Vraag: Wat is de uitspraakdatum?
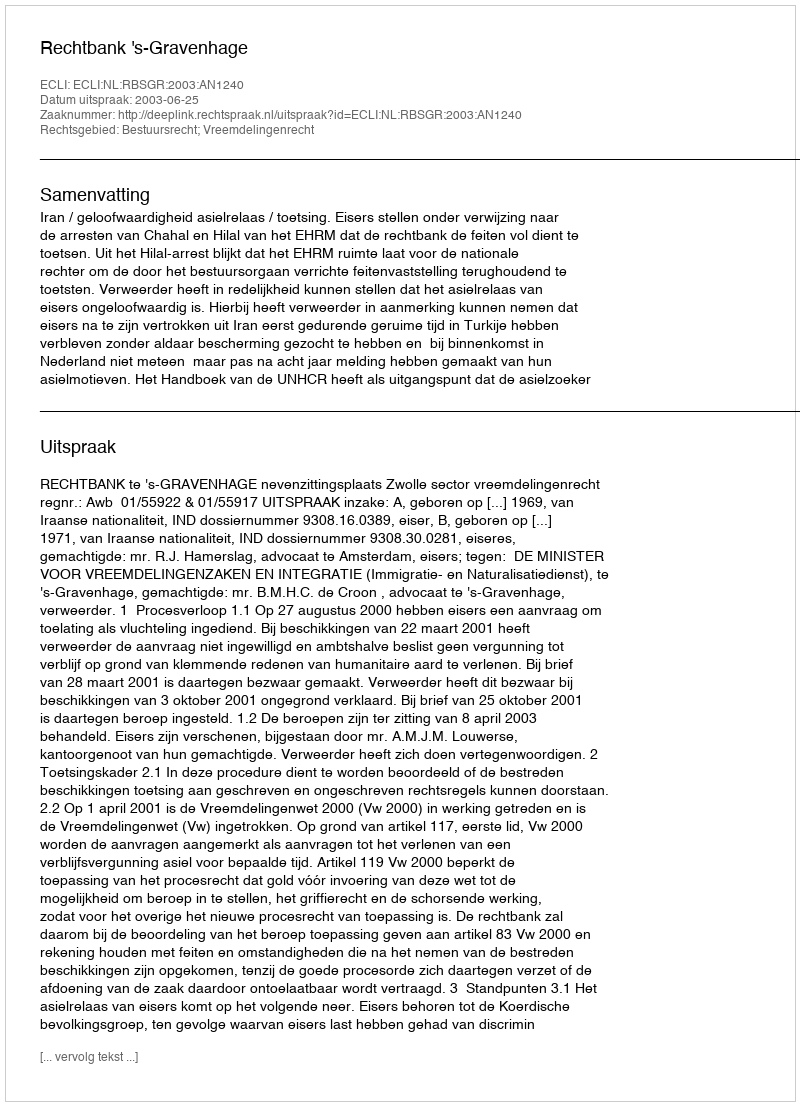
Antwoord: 2003-06-25